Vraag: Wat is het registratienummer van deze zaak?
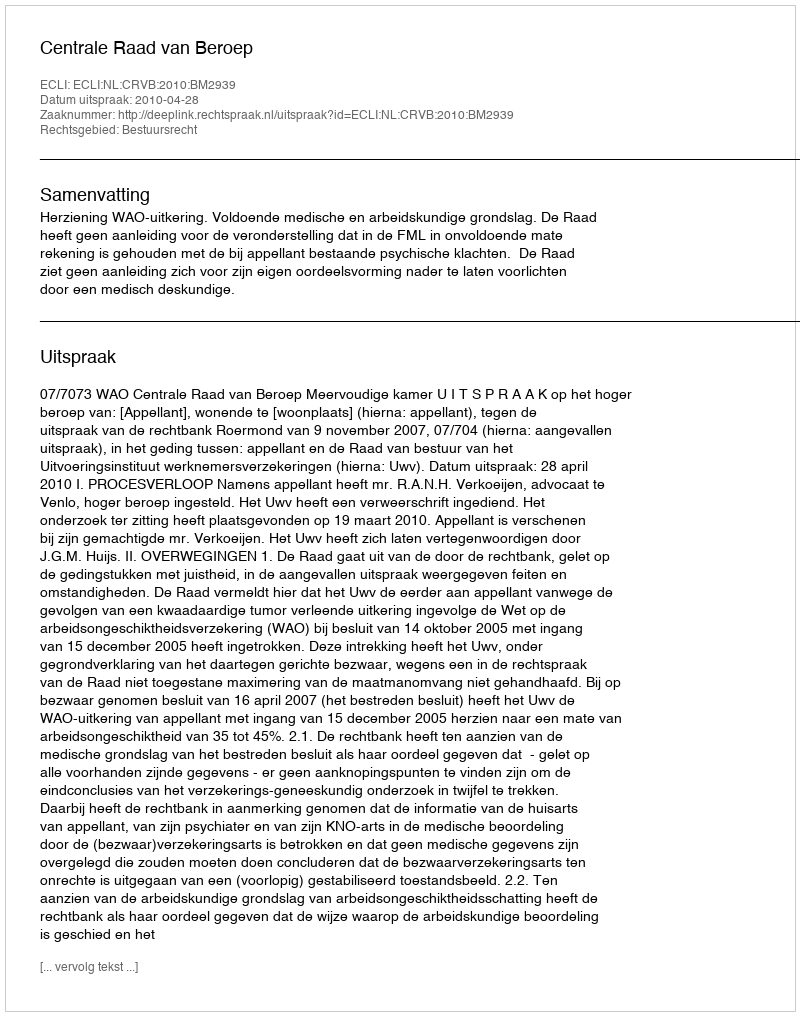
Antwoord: http://deeplink.rechtspraak.nl/uitspraak?id=ECLI:NL:CRVB:2010:BM2939